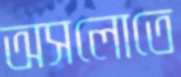
অসলোতে